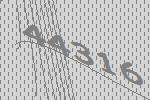
44316